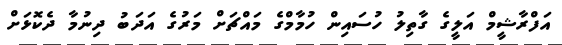
އަފްރާޝީމް އަލީގެ ގާތިލު ހުސައިން ހުމާމްގެ މައްޗަށް މަރުގެ އަދަބު ދިނުމާ ދެކޮޅަށް